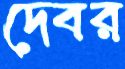
দেবর